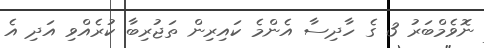
ނޮވެމްބަރު 3 ގެ ހާދިސާ އެންމެ ކައިރިން ތަޖުރިބާ ކުރެއްވި އަދި އެ